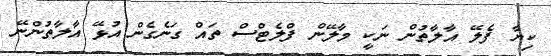
ކިޔާ ފެލޭ އާލާތުން ނަކީ މާލޭން ފްލެޓްސް ތައް ގަނެގެން އުޅޭ އާލާތުންނޭ